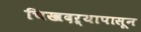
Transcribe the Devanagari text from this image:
चिखदऱ्यापासून